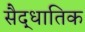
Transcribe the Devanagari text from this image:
सैद्धातिक